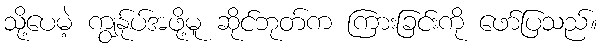
သို့ပေမဲ့ ကျွန်ုပ်အဖို့မူ ဆိုင်ဘုတ်က ကြားခြင်းကို ဖော်ပြသည်။